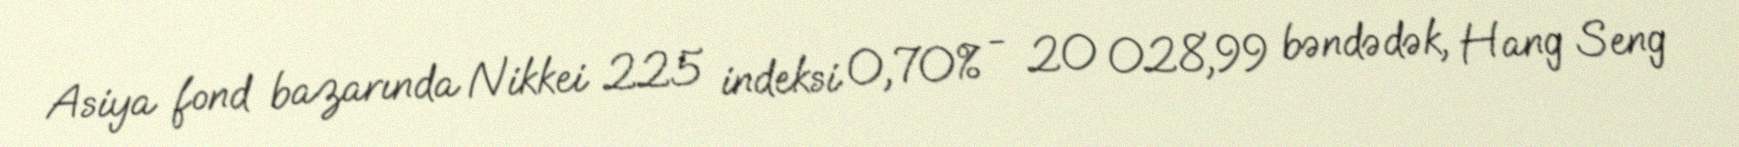
Asiya fond bazarında Nikkei 225 indeksi 0,70% - 20 028,99 bəndədək, Hang Seng